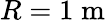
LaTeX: R=1\; {\mathrm{m}}